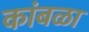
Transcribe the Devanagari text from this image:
कांबळा